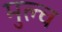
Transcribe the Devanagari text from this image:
मुल्च